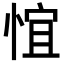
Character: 𪬃